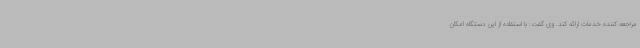
مراجعه کننده خدمات ارائه کند. وی گفت: با استفاده از این دستگاه امکان